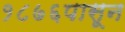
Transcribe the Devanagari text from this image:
१८७६पासून